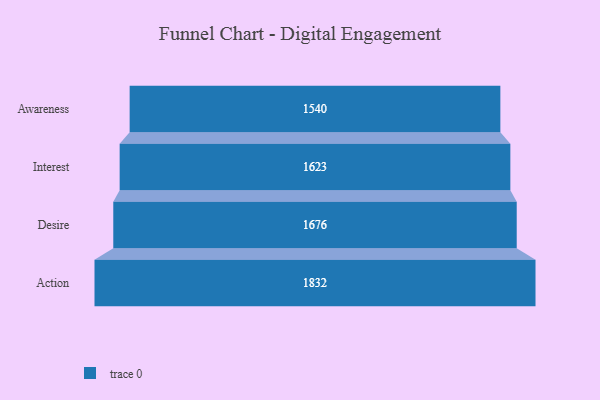
{"axis": {"x": "Stage", "y": "Value"}, "legend": [""], "data": [{"x": "Awareness", "y": 1540.0, "type": ""}, {"x": "Interest", "y": 1623.0, "type": ""}, {"x": "Desire", "y": 1676.0, "type": ""}, {"x": "Action", "y": 1832.0, "type": ""}]}